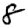
Digit: 8